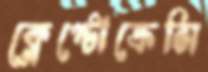
ক্লেপ্টোক্রেসি